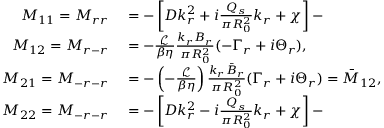
\begin{array} { r l } { M _ { 1 1 } = M _ { r r } } & { { } = - \left[ D k _ { r } ^ { 2 } + i \frac { Q _ { s } } { \pi R _ { 0 } ^ { 2 } } k _ { r } + \chi \right] - } \\ { M _ { 1 2 } = M _ { r - r } } & { { } = - \frac { \mathcal { L } } { \beta \eta } \frac { k _ { r } B _ { r } } { \pi R _ { 0 } ^ { 2 } } ( - \Gamma _ { r } + i \Theta _ { r } ) , } \\ { M _ { 2 1 } = M _ { - r - r } } & { { } = - \left( - \frac { \mathcal { L } } { \beta \eta } \right) \frac { k _ { r } \bar { B } _ { r } } { \pi R _ { 0 } ^ { 2 } } ( \Gamma _ { r } + i \Theta _ { r } ) = \bar { M } _ { 1 2 } , } \\ { M _ { 2 2 } = M _ { - r - r } } & { { } = - \left[ D k _ { r } ^ { 2 } - i \frac { Q _ { s } } { \pi R _ { 0 } ^ { 2 } } k _ { r } + \chi \right] - } \end{array}